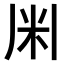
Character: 𫂱